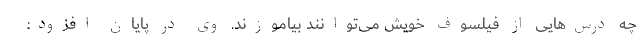
چه درس‌هایی از فیلسوف خویش می‌توانند بیاموزند. وی در پایان افزود: